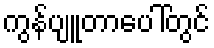
ကွန်ပျူတာပေါ်တွင်